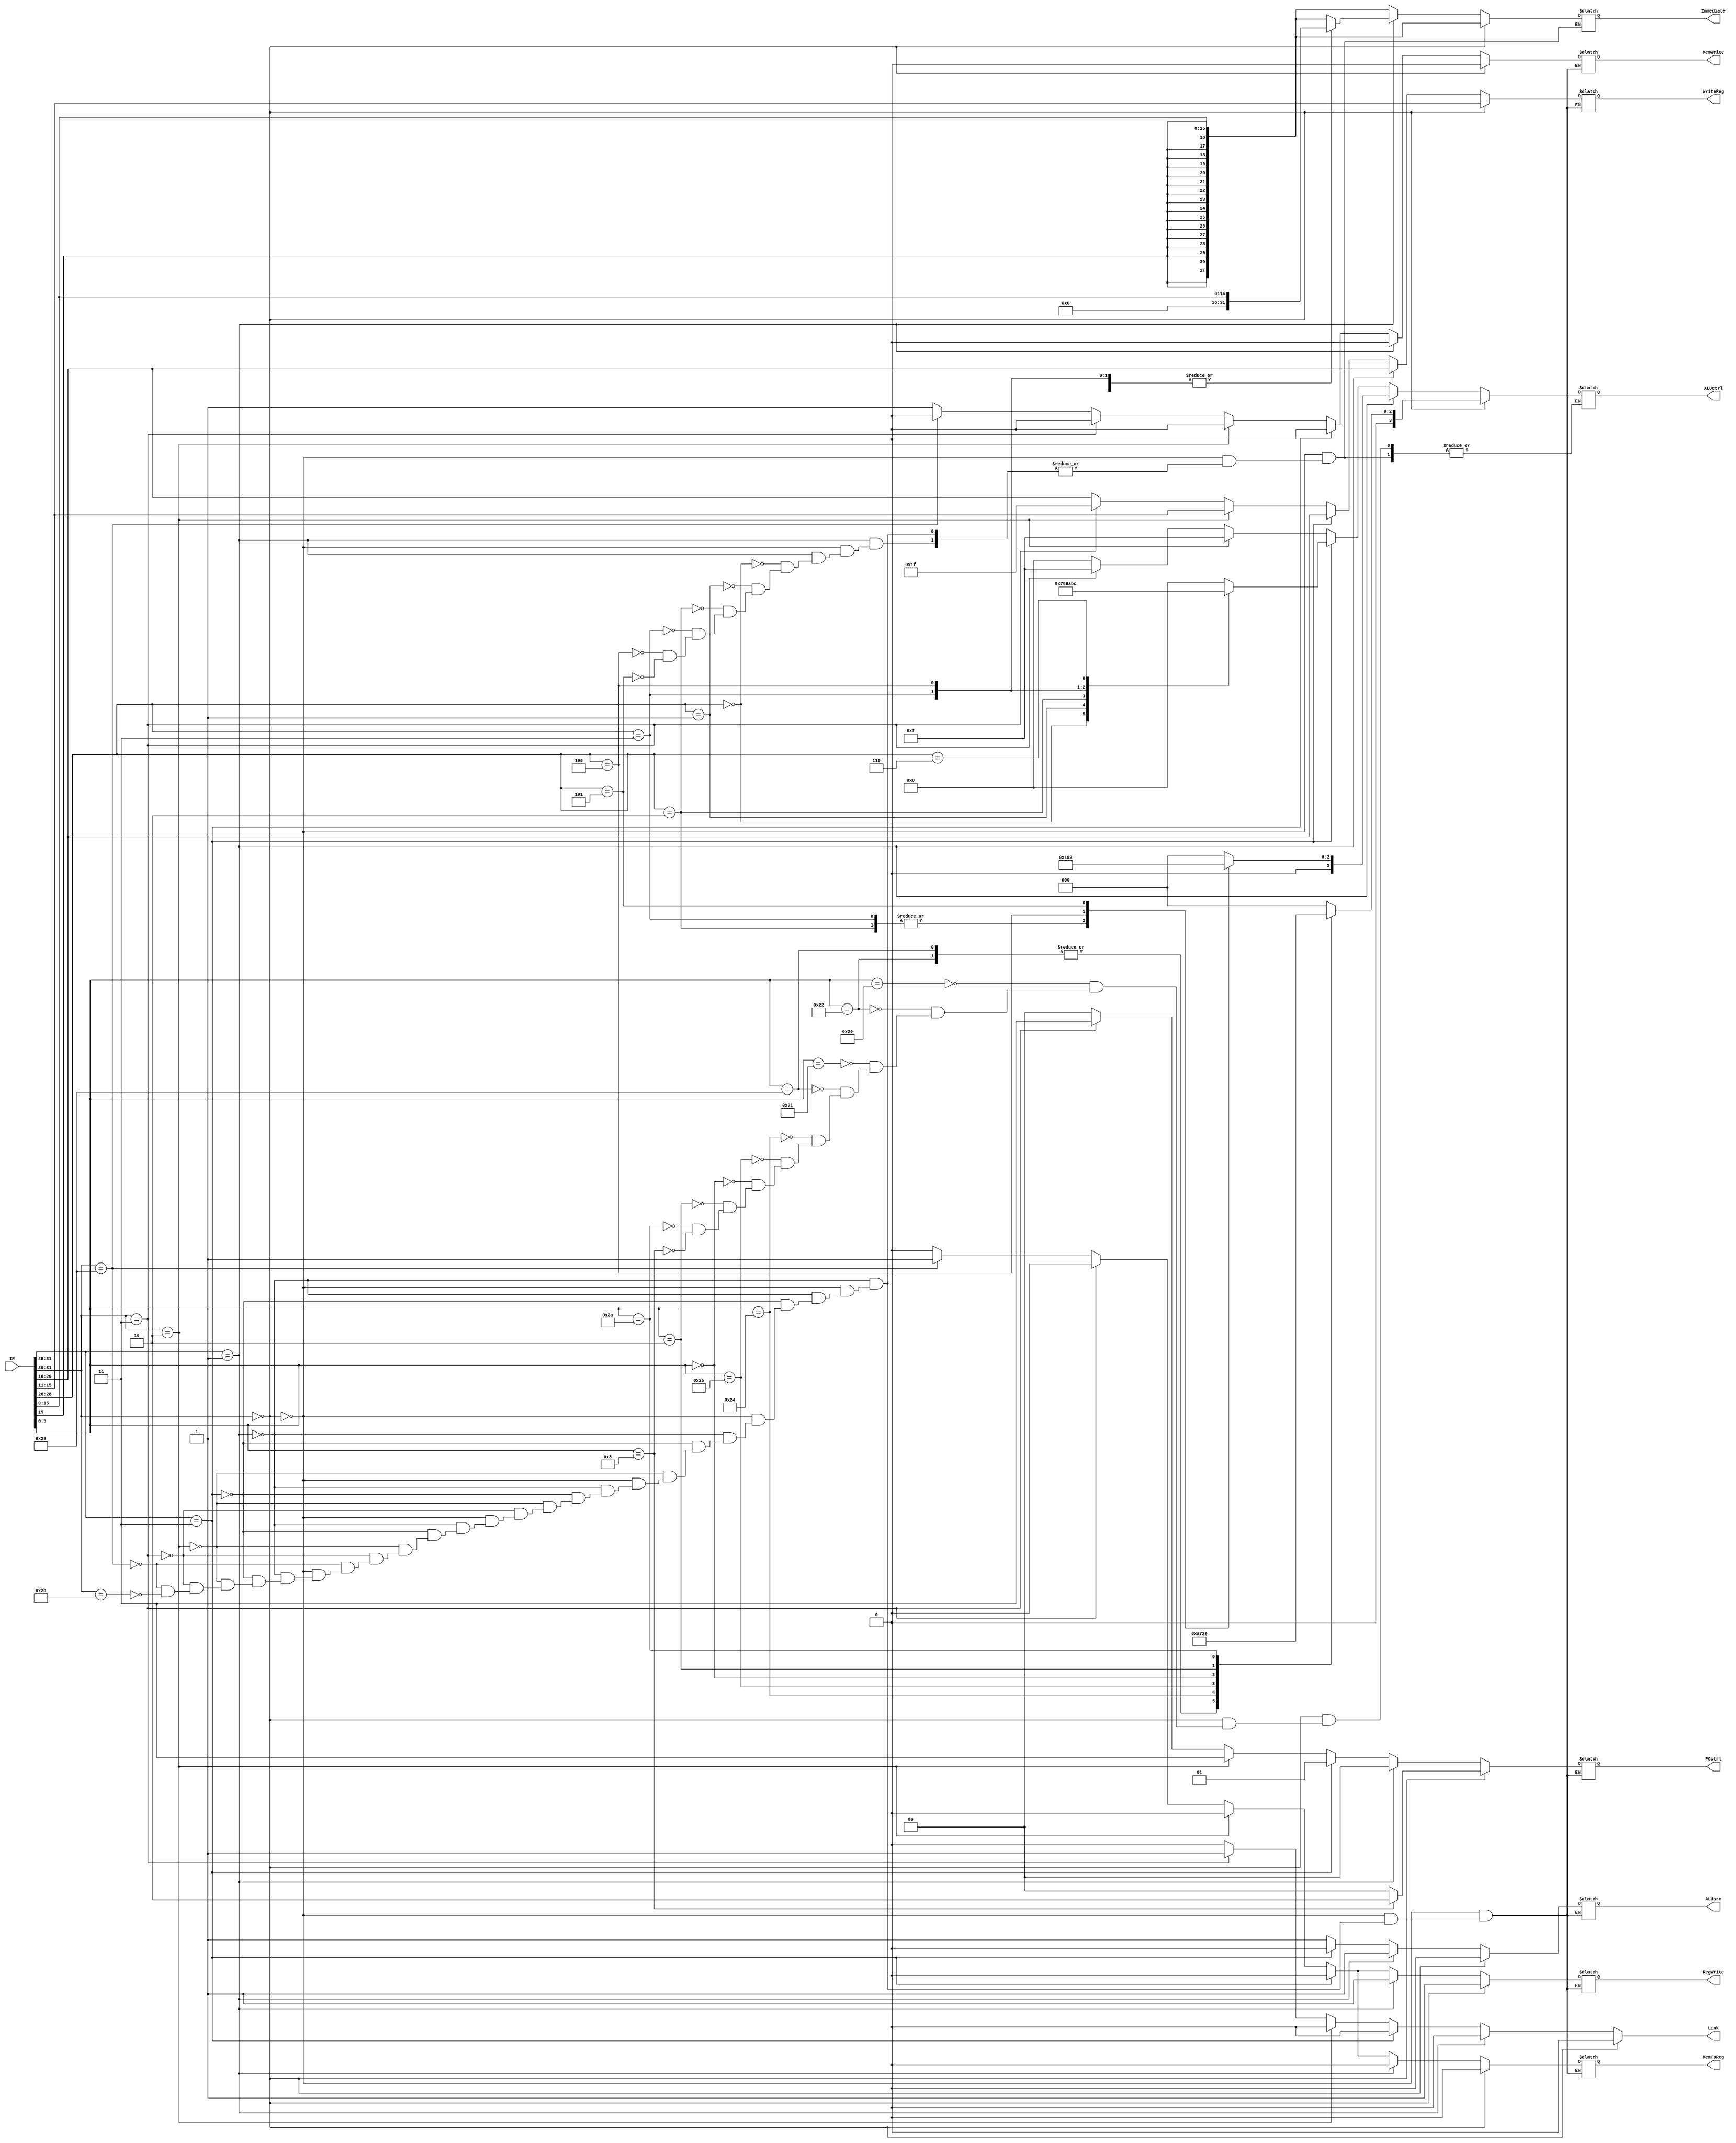
`timescale 1ns/1ps

module control (IR , PCctrl, ALUctrl, WriteReg, ALUsrc, MemWrite, MemToReg, RegWrite, Link, Immediate);
input wire[31:0] IR;
output reg[1:0] PCctrl;//how to update PC
//0=pc+4 , 1=branch , 2=from reg , 3=jump mode
output reg[3:0] ALUctrl;//which operation alu will preform
output reg[4:0] WriteReg;//result is stored in rt or rd
output reg ALUsrc, MemWrite, MemToReg, RegWrite, Link;
output reg[31:0] Immediate;

wire[31:0] signed_im, unsigned_im;
assign signed_im = { {16{IR[15]}} , IR[15:0]};
assign unsigned_im = { 16'd0 , IR[15:0]};

wire [4:0] rs,rt,rd;
assign rs = IR[25:21];
assign rt = IR[20:16];
assign rd = IR[15:11];

parameter RFORMAT = 1'b0;
parameter IFORMAT = 1'b1;

localparam ADD_FUNC =  {3'd4,3'd0};
localparam SUB_FUNC = {3'd4,3'd2};
localparam ADDU_FUNC= {3'd4,3'd1};
localparam SUBU_FUNC ={3'd4,3'd3};
localparam AND_FUNC ={3'd4,3'd4};
localparam OR_FUNC ={3'd4,3'd5};
localparam SLL_FUNC ={3'd0,3'd0};
localparam SRL_FUNC ={3'd0,3'd2};
localparam SLT_FUNC ={3'd5,3'd2};

parameter ADD = 0;
parameter SUB = 1;
parameter AND = 2;
parameter OR = 3;
parameter SLL = 4;
parameter SRL = 5;
parameter SLT = 6;

always@(IR) begin
    Link = 0;

    if(IR[31:26] == 6'b000000) begin //R-formats
        PCctrl = 0;
        WriteReg = rd;
        ALUsrc = RFORMAT;
        MemWrite = 0;
        MemToReg = 0;
        RegWrite = 1;
        Immediate = signed_im;

        case(IR[5:0])
        ADD_FUNC: ALUctrl = 0;
        SUB_FUNC: ALUctrl = 1;
        ADDU_FUNC: ALUctrl = 0;
        SUBU_FUNC: ALUctrl = 1;
        AND_FUNC: ALUctrl = 2;
        OR_FUNC: ALUctrl = 3;
        SLL_FUNC: ALUctrl = 4;
        SRL_FUNC: ALUctrl = 5;
        SLT_FUNC: ALUctrl = 6;
        6'b001_000: begin   //jr instruction
            PCctrl = 2;
            ALUctrl = 0;
        end
        endcase
            
    end

    else if (IR[31:29] == 3'b001) begin //I-formats
        PCctrl = 0;
        WriteReg = rt;
        ALUsrc = IFORMAT;
        MemWrite = 0;
        MemToReg = 0;
        RegWrite = 1;
        case(IR[28:26])
            3'b000: begin//addi
                Immediate = signed_im;
                ALUctrl = 0;
            end
            3'b001:begin    //addiu
                Immediate = unsigned_im;
                ALUctrl = 0;
            end
            3'b010:begin    //slti
                Immediate = signed_im;
                ALUctrl = 6;
            end
            3'b011:begin    //sltiu
                Immediate = unsigned_im;
                ALUctrl = 6;
            end
            3'b100:begin    //andi
                Immediate = unsigned_im;
                ALUctrl = 2;
            end
            3'b101:begin    //ori
                Immediate = unsigned_im;
                ALUctrl = 3;
            end
        endcase        
    end

    else if (IR[31:29]==3'b011) begin  //branch
        PCctrl = 1;
        WriteReg = rt;
        ALUsrc = RFORMAT;
        ALUctrl = 0;
        MemWrite = 0;
        MemToReg = 0;
        RegWrite = 0;
        Immediate = signed_im;
        case(IR[28:26])
        3'b000: //beq
            ALUctrl = 7;
        3'b001: //bne
            ALUctrl = 8;
        3'b010: //bgt
            ALUctrl = 9;
        3'b011: //bgte
            ALUctrl = 10;
        3'b100: //ble
            ALUctrl = 11;
        3'b110: //bleq
            ALUctrl = 12;
        endcase

    end

    else if (IR[31:26]==2) begin    //j
        PCctrl = 3;
        WriteReg = rd;  //useless
        ALUsrc = IFORMAT;   //useless
        ALUctrl = 15;  //useless   
        MemWrite = 0;
        MemToReg = 0;
        RegWrite = 0;
        Immediate = signed_im;
    end

    else if (IR[31:26]==3) begin    //jal
        PCctrl = 3;
        WriteReg = 31;  //useless
        ALUsrc = IFORMAT;  //useless
        ALUctrl = 15;  //useless
        MemWrite = 0;
        MemToReg = 0;
        RegWrite = 0;
        Link = 1;
        Immediate = signed_im;
    end
    else if (IR[31:26]==6'b100011) begin  //lw
        PCctrl = 0;
        WriteReg = rt;
        ALUsrc = IFORMAT;
        ALUctrl = 0;    //add
        MemWrite = 0;
        MemToReg = 1;
        RegWrite = 1;  
        Immediate = signed_im;       
    end

    else if (IR[31:26]==6'b101011) begin  //sw
        PCctrl = 0;
        WriteReg = rt;
        ALUsrc = IFORMAT;
        ALUctrl = 0;    //add
        MemWrite = 1;
        MemToReg = 0;
        RegWrite = 0;     
        Immediate = signed_im;    
    end
    
end
endmodule